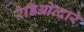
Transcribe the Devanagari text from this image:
रेडिओव्दारे